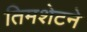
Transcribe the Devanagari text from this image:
तिमशेटने